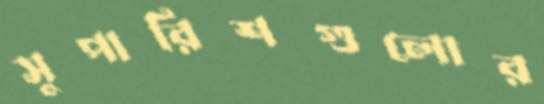
সুপারিশগুলোর